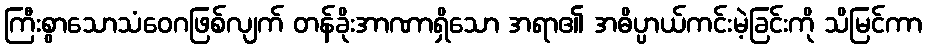
ကြီးစွာသောသံဝေဂဖြစ်လျက် တန်ခိုးအာဏာရှိသော အရာ၏ အဓိပ္ပာယ်ကင်းမဲ့ခြင်းကို သိမြင်ကာ